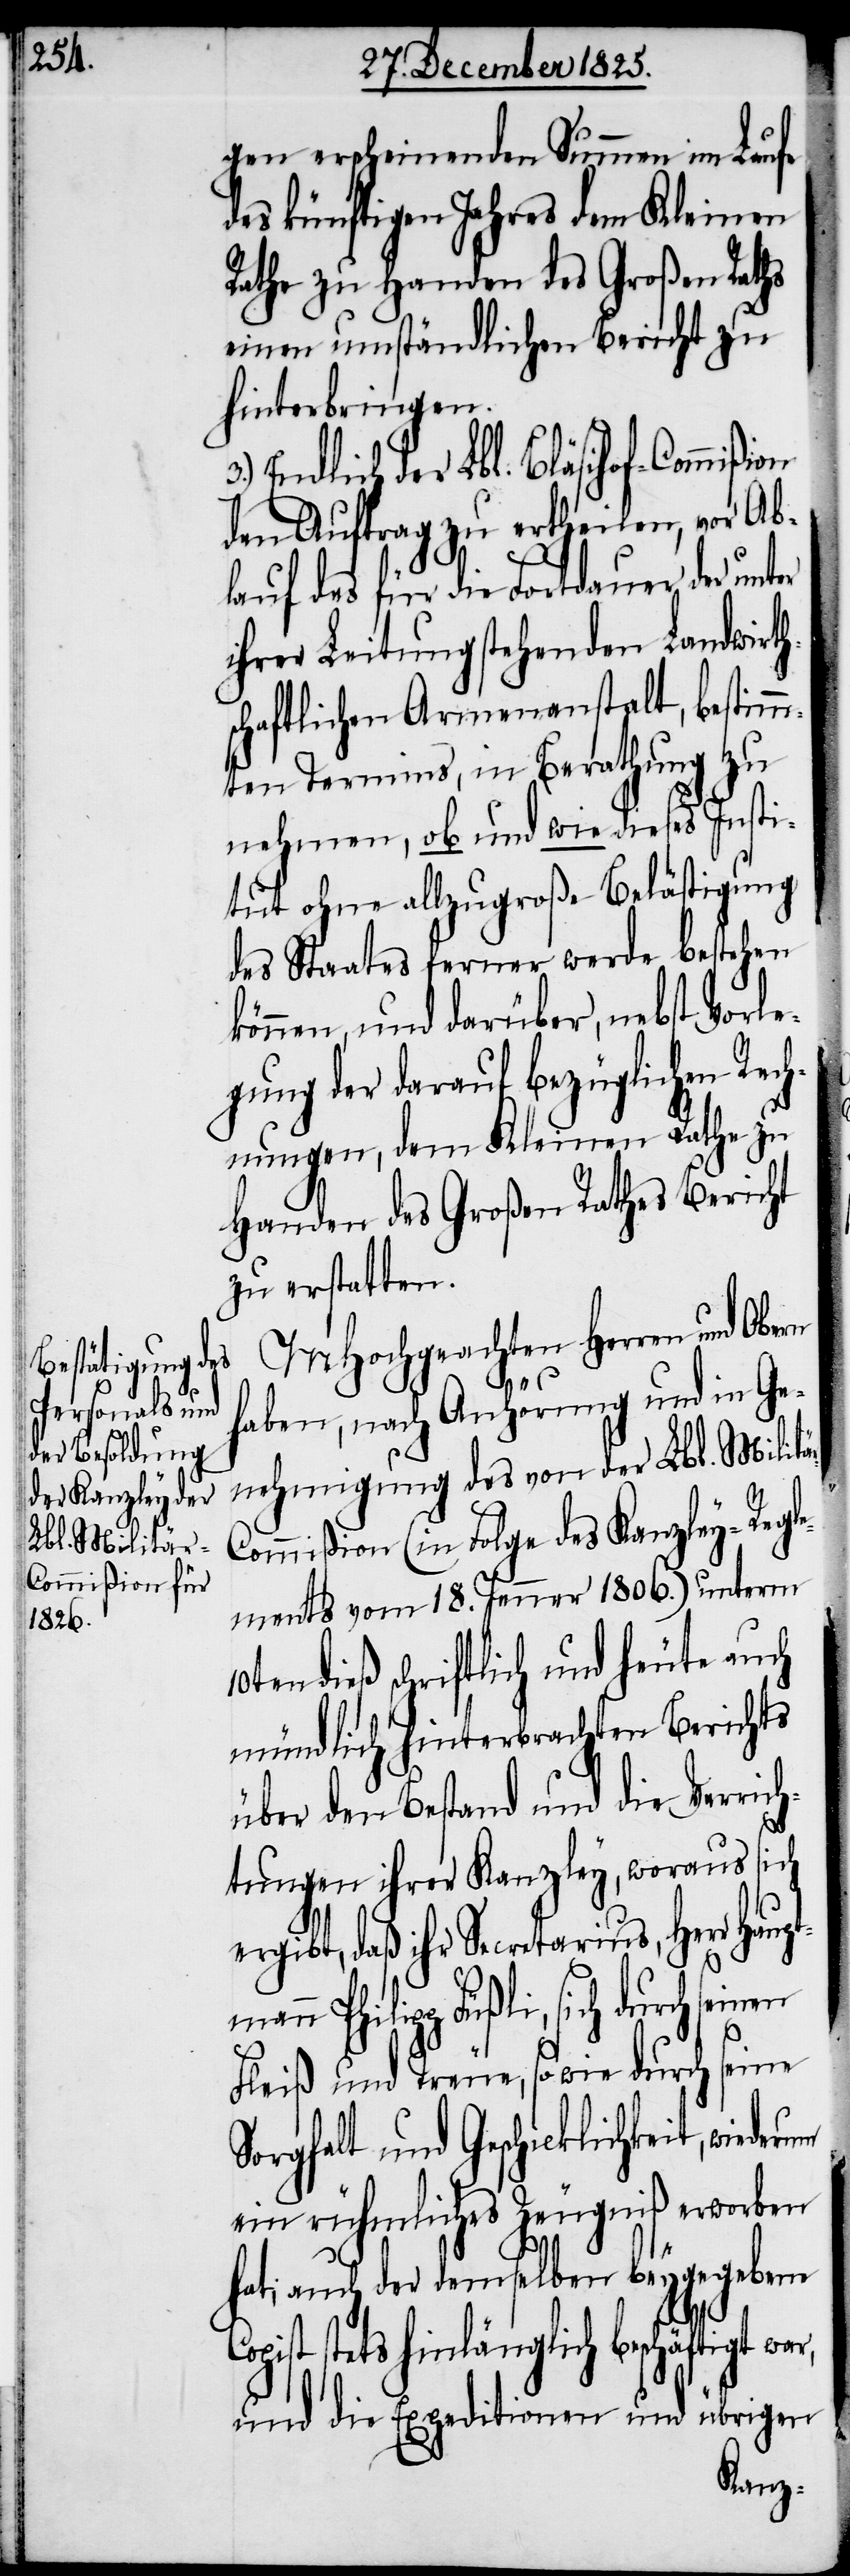
gen erscheinenden Summen im Laufe
des künftigen Jahres dem Kleinen
Rathe zu Handen des Großen Raths
einen umständlichen Bericht zu
hinterbringen.
Endlich der Lbl. Bläsihof-Commißion
den Auftrag zu ertheilen, vor Ab¬
lauf des für die Fortdauer der unt¬
ihrer Leitung stehenden Landwirth¬
schaftlichen Armenanstalt, bestimm¬
ten Termins, in Berathung zu
nehmen, ob und wie dieses Insti¬
tut ohne allzugroße Belästigung
des Staates ferner werde bestehen
können, und darüber, nebst Vorle¬
gung der darauf bezüglichen Rech¬
nungen, dem Kleinen Rathe zu
Handen des Großen Rathes Bericht
zu erstatten.
MHochgeachten Herrn und Obern
C¬
haben, nach Anhörung und in Ge¬
nehmigung des von der Lbl. Militä¬
ommißion (in Folge des Kanzley-Regle¬
ments vom 18. Jenner 1806.) unterm
dieß schriftlich und heute auch
mündlich hinterbrachten Berichts
über den Bestand und die Verrich¬
tungen ihrer Kanzley, woraus sich
ergibt, daß ihr Secretarius, Herr Haup¬
n Philipp Füßli, sich durch sein¬
Fleiß und Treue, sowie durch seine
Sorgfalt und Geschicklichkeit,
ein rühmliches Zeugniß erworben
auch der demselben beygegebene
opist stets hinlänglich beschäftigt
und die Expeditionen und übrigen
tman¬